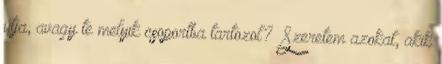
útja, avagy te melyik csoportba tartozol? “Szeretem azokat, akik